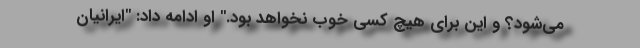
می‌شود؟ و این برای هیچ کسی خوب نخواهد بود." او ادامه داد: "ایرانیان